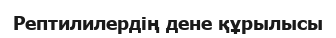
Рептилилердің дене құрылысы